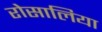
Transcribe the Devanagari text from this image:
रोसालिया